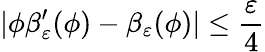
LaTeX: \displaystyle|\phi\beta_{\varepsilon}^{\prime}(\phi)-\beta_{\varepsilon}(\phi)|\leq\frac{\varepsilon}{4}